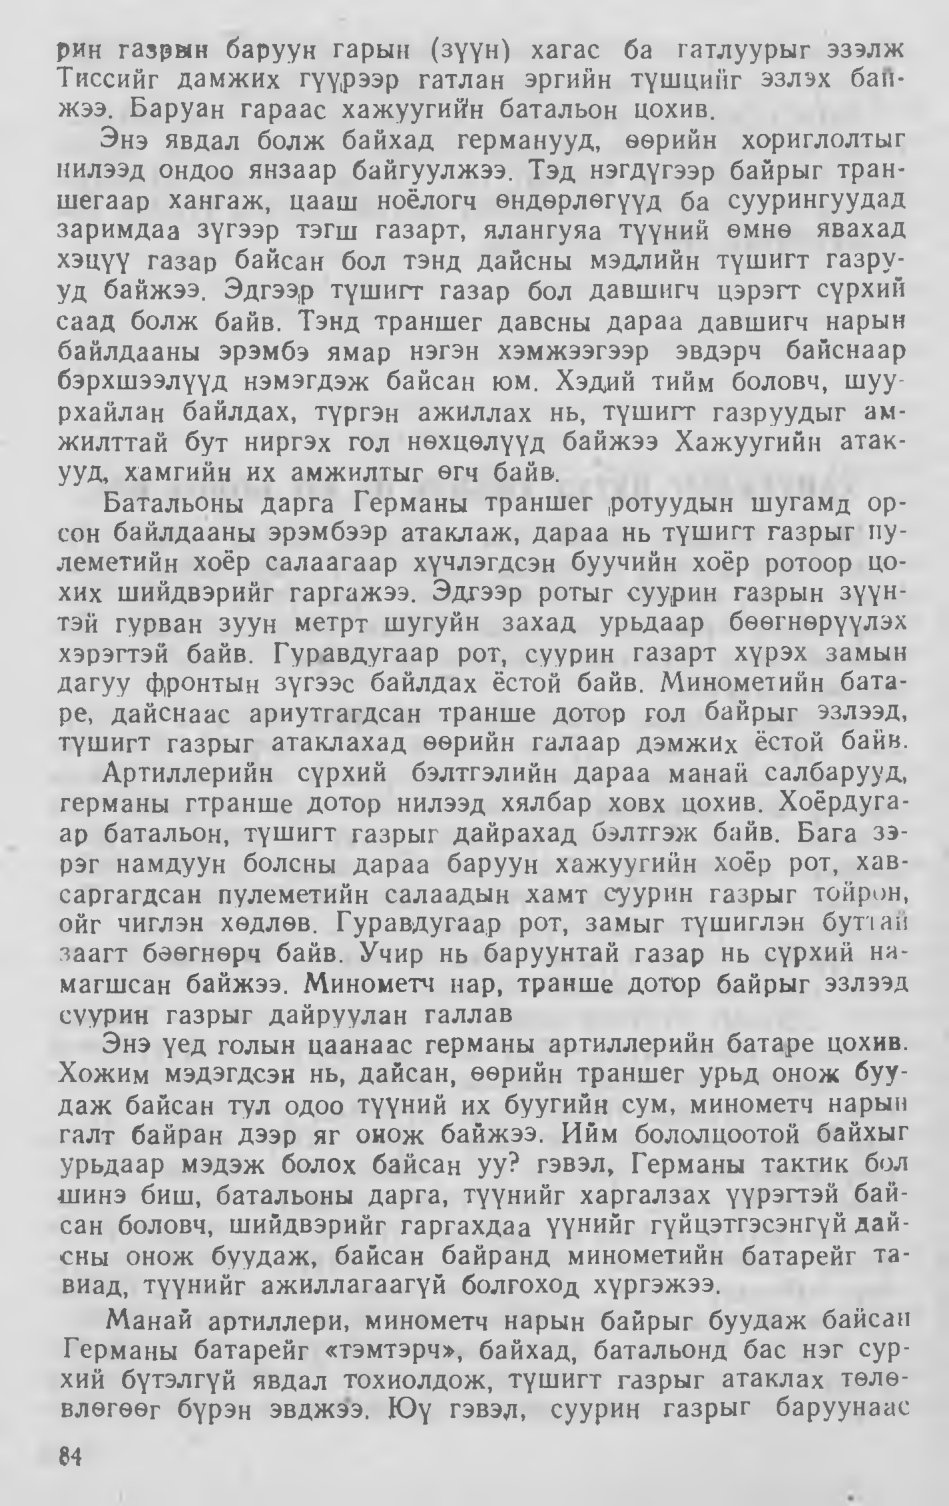
Language: mn